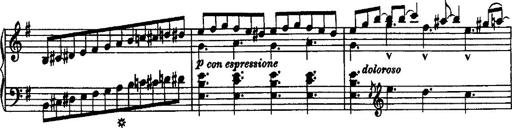
Title: Rondo di bravura
Composer: Franz Liszt